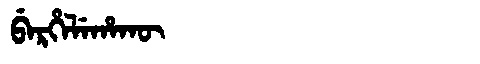
Manchu: ᠪᡝᡵᡥᡝᠯᡝᡥᠠᡴᡡ
Romanization: BERHELEHAKŪ